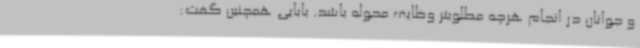
و جوانان در انجام هرچه مطلوبتر وظایف محوله باشد. بابایی همچنین گفت: